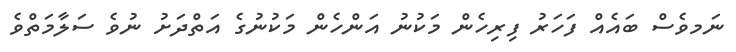
ނަމވެސް ބައެއް ފަހަރު ފިރިހެން މަކުނު އަންހެން މަކުނުގެ އަތްދަށު ނުވެ ސަލާމަތްވެ